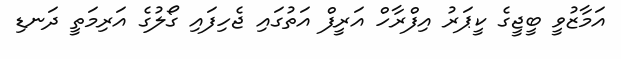
އަމާޒުވީ ބީޖީގެ ކީޕަރު އިފްރާހް އަރީފް އަތުގައި ޖެހިފައި ގޯލުގެ އަރިމަތީ ދަނޑި